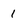
Character: 1